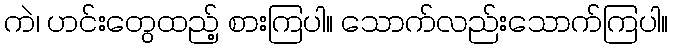
ကဲ၊ ဟင်းတွေထည့် စားကြပါ။ သောက်လည်းသောက်ကြပါ။